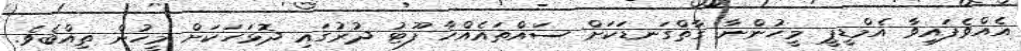
އެއްވެފައިވާ އެމްޑީޕީ މީހުންނާ ގާތްގަނޑަކަށް ސައްތައެއްހާ ފޫޓު ދުރުގައި ދޮޅަހަކަށް މީހުން ތިއްބެވެ.